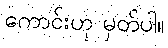
ကောင်းဟု မှတ်ပါ။